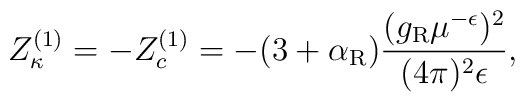
Z_\kappa^{(1)} =-Z_c^{(1)} =-(3+\alpha_{\rm R})   \frac{(g_{\rm R}\mu^{-\epsilon})^2}{(4\pi)^2\epsilon},